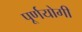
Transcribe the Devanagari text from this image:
पूर्णयोगी